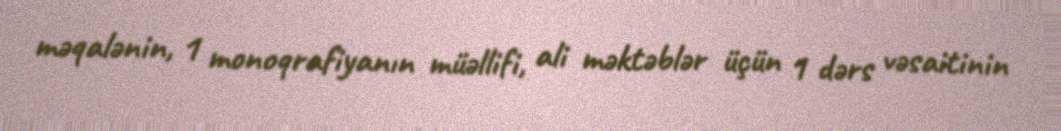
məqalənin, 1 monoqrafiyanın müəllifi, ali məktəblər üçün 1 dərs vəsaitinin